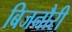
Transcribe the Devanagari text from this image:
बिजनौरी